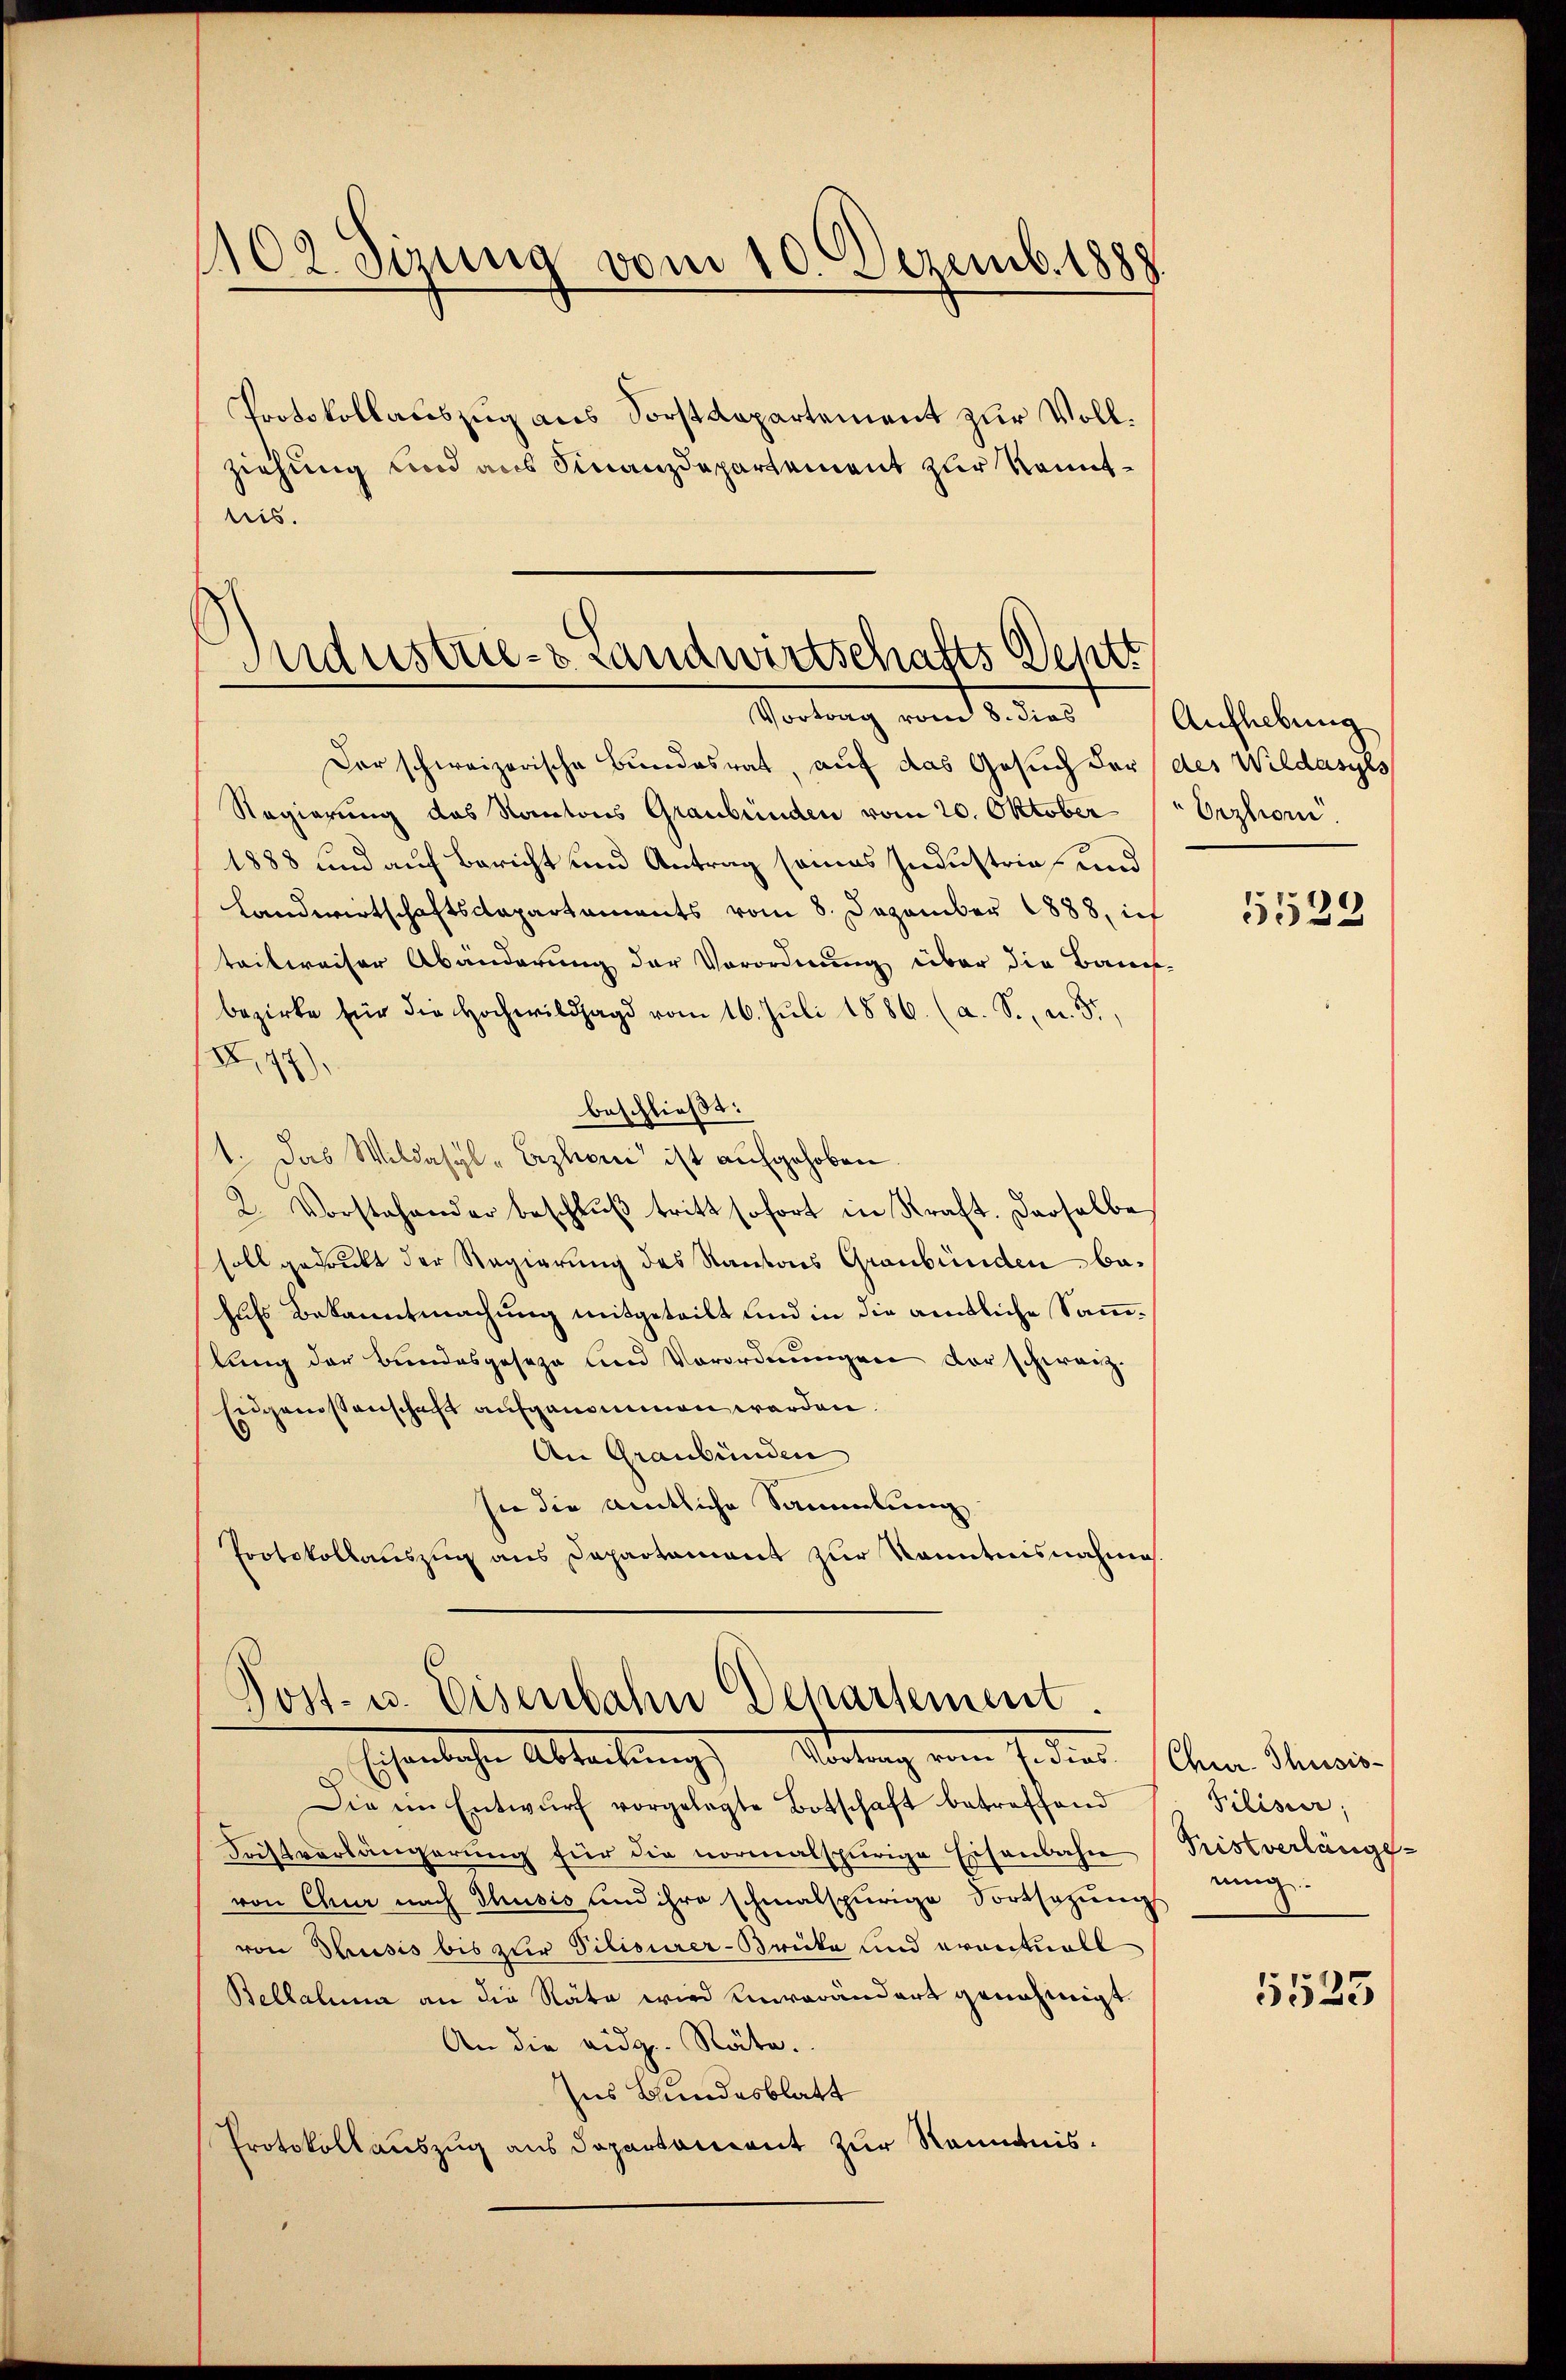
1102. Sirung vom 10. Dezemb. 1888

Protokollauszug aus Sorstdepartement zur Vollziehung und aus Finanzdepartement zur Kenntlis.

Industrie- & Landwirtschafts Deptt
Vortrag vom 8. dies Aufhebung

Der schweizerische Bundesrat, auf das Gesuch der des Wildasyls
Regierung des Kantons Graubünden vom 20. Oktober (Orzhon.
1888 und auf Bericht und Antrag seines Industrie und
Landwirtschaftsdepartaments vom 8. Dezember 1888, ich 1539
teilweiser Abänderung der Vorordnung über die Baue
bezirke für die Hochwildhagd vom 16. Juli 1886. (a. S., u. 3.,
x
.
)
beschließt:
1. Das Wildasyl-Erzhoni ist aufgehoben.
2. Vorstehender beschlŭβ tritt sofort in Kraft. Derselbe
soll gedruckt der Regierung des Kantons Graubünden behufs Bekanntmachung mitgeteilt und in die amtliche Sammlung der Bundesgeseze und Vorordnungen der schwarz¬
Eidgenossenschaft aufgenommen werden.
An Graubünden
sie die amtliche Sammlung
Protokollauszug aus Departament zur Kenntnisnahme

Die im Entwŭrf vorgelegte Botschaft betreffend
Fristverlängerŭng für die normalspurige Eisenbahn (Pristverlängs-
von Chur nach Thusis und ihre schmalspurige Fortsetzung
von Thusis bis zur Vilisirer-Brücke und eventuell
Bellalina an die Räte wird unverändert genehmigt.
An die eidg. Räte.
ses Bundesblatt
Protokollauszug aus Departement zur Renntnis¬

Post- u. Eisenbahn Departement
schenlichen Abteilung Sortung ein sodann ohne Steuer

Pilisier
rung

5525